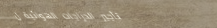
تأجير الدراجات الهوائية ل